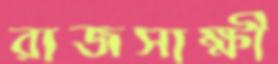
রাজসাক্ষী